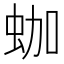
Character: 𧊀